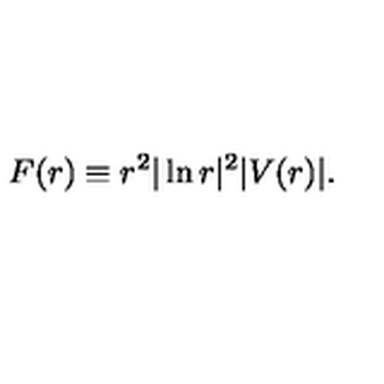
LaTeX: F ( r ) \equiv r ^ { 2 } | \ln r | ^ { 2 } | V ( r ) | .